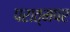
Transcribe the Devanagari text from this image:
परात्मपर